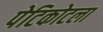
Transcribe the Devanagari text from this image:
पेटिकोटला